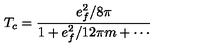
T _ { c } = \frac { e _ { f } ^ { 2 } / 8 \pi } { 1 + e _ { f } ^ { 2 } / 1 2 \pi m + \cdots }